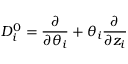
{ \cal D } _ { i } ^ { 0 } = { \frac { \partial } { \partial \theta _ { i } } } + \theta _ { i } { \frac { \partial } { \partial z _ { i } } }